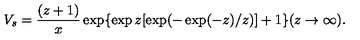
V _ { s } = \frac { ( z + 1 ) } { x } \exp \{ \exp z [ \exp ( - \exp ( - z ) / z ) ] + 1 \} ( z \rightarrow \infty ) .